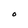
Character: O